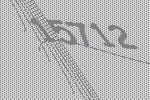
15712